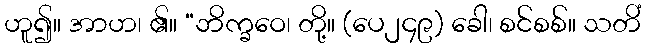
ဟူ၍။ အာဟ၊ ၏။ “ဘိက္ခဝေ၊ တို့။ (ပေ၂၄၉) ခေါ၊ စင်စစ်။ သတိံ